Annual report on the working of the lock hospitals in the Central Provinces
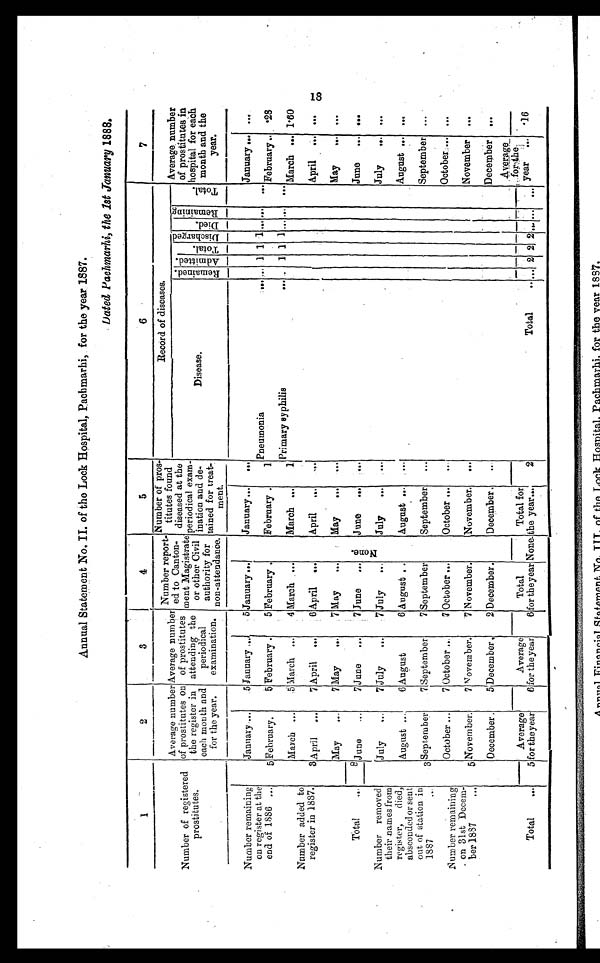
Annual Statement No. II. of the Lock Hospital, Pachmarhi, for the year 1887.
Dated Pachmarhi, the 1st January 1888.
1
2
3
4
5
6
7
Number of registered
prostitutes.
Average number
of prostitutes on
the register in
each month and
for the year.
Average number
of prostitutes
attending the
periodical
examination.
Number report-
ed to Canton-
m e n t M a g i s t r a t e
or other Civil
authority for
non-attendance.
Number of pros-
titutes found
diseased at the
periodical exam-
ination and de-
tained for treat-
me n t .
Record of diseases.
Average number
of prostitutes in
hospital for each
month and the
year.
Disease.
Remai ned.Admi t t ed.
Tot al . Di s char ged
Died.
Re ma i ni ng
Total.
Number remaining
on register at the
end of 1886 ...
January ....
5 January
5 January ...
No n e .
January...
...
Pneumonia
.t.. . . . 1 1 1 . . . . . .
. . .
January... ...
5 February.
5 February .
5 February .
February .
1
February .. .28
March .„,
5 March ...
4 March . ...
March ...
1
Primary syphilis
... . . . 1 1 1 ... ...
. . .
March ... 1.60
Number added to
register in 1887.
3 April
...
7 April ...
6 April
...
April
...
...
April
...
. . .
May
...
7 May
...
7 May
...
May
...
. . .
May
...
. . .
Total
8 June
7 June
7 June
...
June ... ...
June
...
. . .
Number removed
their names from
register, died,
absconded or sent
out of station in
1887
. . .
July
,..
7 July
...
7 July
.,.
July
...
. . .
July
... ...
August ..
6 August
6 August . .
August ...
. . .
August ... ...
3 September
7 September
7 September
September
...
September ...
October
7 October ...
7 October
October ...
...
October
...
Number remaining
on 31st Decem-
ber 1887
. .
5 November.
7 November.
7 November.
November.
...
November ...
December.
5 December.
2 December.
December.
...
December ...
Total
. . .
5
Average
for the year
6
Average
for the year
6
Total
for the year None.
Total for
the year.
2
Total
. .
. . .
2 2 2
. . .
. . .
. . .
Average
for the
year
.16
18